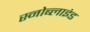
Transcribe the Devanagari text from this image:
स्नोब्लाइंड